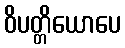
ဝိပတ္တိယောပေ